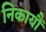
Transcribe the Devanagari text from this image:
निकायौं